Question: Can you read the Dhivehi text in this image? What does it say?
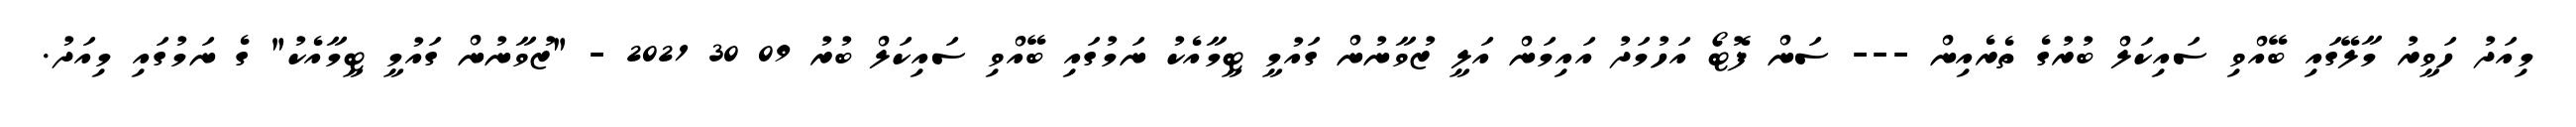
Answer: މިއަދު ހަވީރު މާލޭގައި ބޭއްވި ސައިކަލް ބުރުގެ ތެރެއިން --- ސަން ފޮޓޯ އަހުމަދު އައިމަން އަލީ ޒުވާނުން ގައުމީ ޓީމާއެކު ނަމުގައި ބޭއްވި ސައިކަލް ބުރު 09 30 2021 - "ޒުވާނުން ގައުމީ ޓީމާއެކު" ގެ ނަމުގައި މިއަދު.